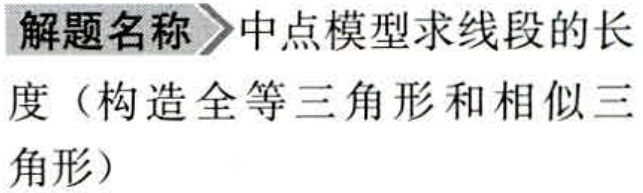
解题名称$\rhd$中点模型求线段的长

度（构造全等三角形和相似三

角形）